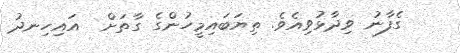
ގެފާނު ވިދާޅުވިއެވެ. ތިޔަބައިމީހުންގެ ގާތަށް  އައިހިނދު